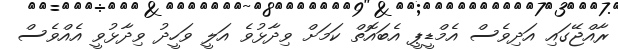
ރާއްޖޭގައި އަދިވެސް އެމްޑީޕީ އެބައޮތް ކަމަށް ވިދާޅުވެ އަލީ ވަހީދު ވިދާޅުވީ އެއްވެސް